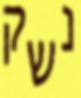
נשק